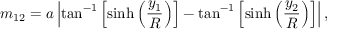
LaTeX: m _ { 1 2 } = a \left| \tan ^ { - 1 } \left[ \sinh \left( { \frac { y _ { 1 } } { R } } \right) \right] - \tan ^ { - 1 } \left[ \sinh \left( { \frac { y _ { 2 } } { R } } \right) \right] \right| ,